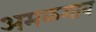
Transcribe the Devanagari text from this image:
अमळगाव